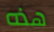
هذه